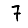
Digit: 7